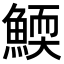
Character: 𩹓